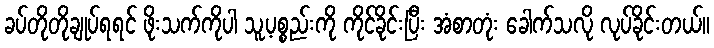
ခပ်တိုတိုချုပ်ရရင် ဖိုးသက်ကိုပါ သူ့ပစ္စည်းကို ကိုင်ခိုင်းပြီး အံစာတုံး ခေါက်သလို လုပ်ခိုင်းတယ်။